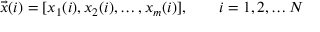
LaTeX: { \vec { x } } ( i ) = [ x _ { 1 } ( i ) , x _ { 2 } ( i ) , \ldots , x _ { m } ( i ) ] , \qquad i = 1 , 2 , \ldots N